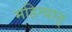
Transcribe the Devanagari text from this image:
महिन्यात्